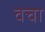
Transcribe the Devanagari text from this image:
वचा